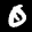
Digit: 6